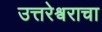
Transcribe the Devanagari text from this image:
उत्तरेश्वराचा